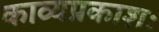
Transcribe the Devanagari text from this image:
काव्यप्रकाशः